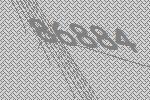
86884